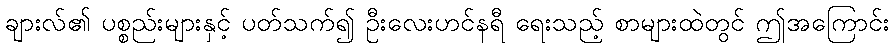
ချားလ်၏ ပစ္စည်းများနှင့် ပတ်သက်၍ ဦးလေးဟင်နရီ ရေးသည့် စာများထဲတွင် ဤအကြောင်း